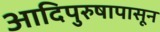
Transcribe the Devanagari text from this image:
आदिपुरुषापासून